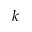
k